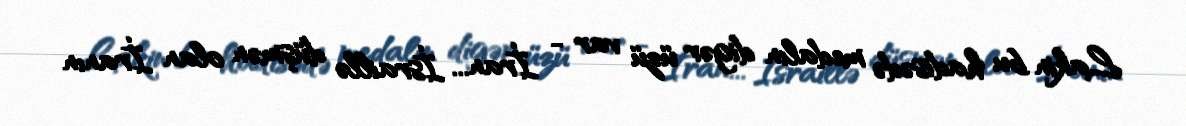
Lakin bu hadisədə medalın digər üzü var - İran... İsraillə düşmən olan İranın